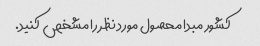
کشور مبدا محصول مورد نظر را مشخص کنید.